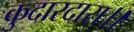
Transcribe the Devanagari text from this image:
कुदारदारा।।